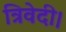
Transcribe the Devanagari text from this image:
त्रिवेदी।